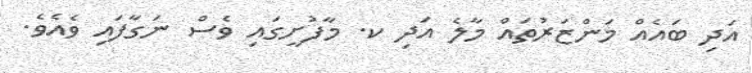
އަދި ބައެއް މަންޒަރުތައް މާލެ އަދި ކ. މާފުށީގައި ވެސް ނަގާފައި ވެއެވެ.